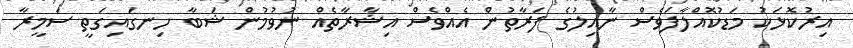
އިރުކޮޅަކު މަޑުކޮއްލާފަވެސް ނާއިލުގެ ފަރާތުން އެއްވެސް އިޝާރާތެއް ނުވުމުން ޝަބާ ހިނގައިގަތީ ސަމީރާ